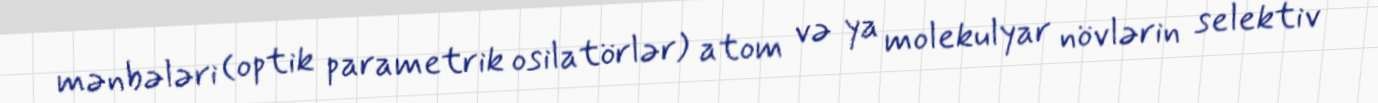
mənbələri (optik parametrik osilatörlər) atom və ya molekulyar növlərin selektiv